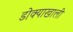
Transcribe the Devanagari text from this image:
डोक्याखाली